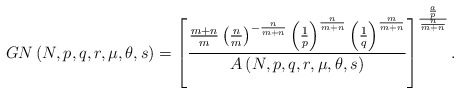
\begin{align*}GN\left( N,p,q,r,\mu,\theta,s\right) =\left[ \frac{\frac{m+n}{m}\left(\frac{n}{m}\right) ^{-\frac{n}{m+n}}\left( \frac{1}{p}\right) ^{\frac{n}{m+n}}\left( \frac{1}{q}\right) ^{\frac{m}{m+n}}}{A\left( N,p,q,r,\mu,\theta,s\right) }\right] ^{\frac{\frac{a}{p}}{\frac{n}{m+n}}}.\end{align*}